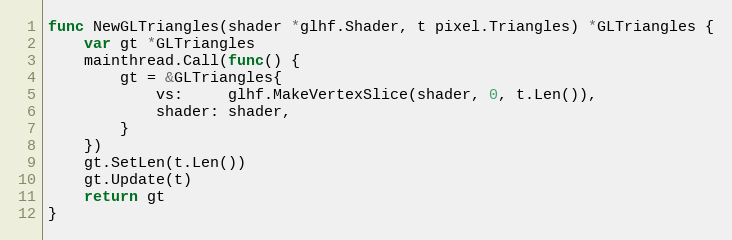
Language: Go
func NewGLTriangles(shader *glhf.Shader, t pixel.Triangles) *GLTriangles {
	var gt *GLTriangles
	mainthread.Call(func() {
		gt = &GLTriangles{
			vs:     glhf.MakeVertexSlice(shader, 0, t.Len()),
			shader: shader,
		}
	})
	gt.SetLen(t.Len())
	gt.Update(t)
	return gt
}